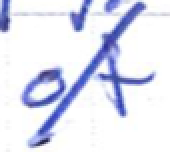
Text: of
Cross-out: diagonal
Writing tool: ballpoint